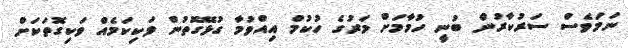
ނަމަވެސް ސަރުކާރުން ބުނީ ހުމާމަށް މަރުގެ ހުކުމް އިއްވުމާ ގުޅޭގޮތުން ވަކިކަމެއް ވަކިގޮތަކަށް